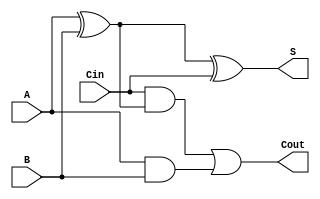
module fulladder(A, B, Cin, S, Cout);

  input A, B, Cin;
  output S, Cout;

  //needed wires to connect gate outputs together
  wire w1, w2, w3;

  //summation part of adder
  //xor2 x1(.in1(A), .in2(B), .out(w1));
  //xor2 x2(.in1(w1), .in2(Cin), .out(S));
  //switched to use built in artith ops
  assign w1 = A ^ B;
  assign S = w1 ^ Cin;

  //Cout gates
  //nand2 na1(.in1(A), .in2(B), .out(w2));
  //nand2 na2(.in1(Cin), .in2(w1), .out(w3));
  //nand2 na3(.in1(w3), .in2(w2), .out(Cout));
  assign w2 = A & B;
  assign w3 = Cin & w1;
  assign Cout = w3 | w2;

endmodule